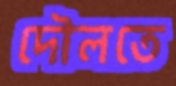
দৌলতে